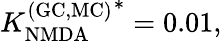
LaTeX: {K_{\mathrm{NMDA}}^{\mathrm{(GC,MC)}}}^{*}=0.01,